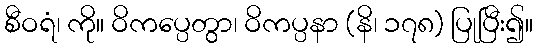
စီဝရံ၊ ကို။ ဝိကပ္ပေတွာ၊ ဝိကပ္ပနာ (နိ၊ ၁၇၈) ပြုပြီး၍။